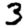
Digit: 3